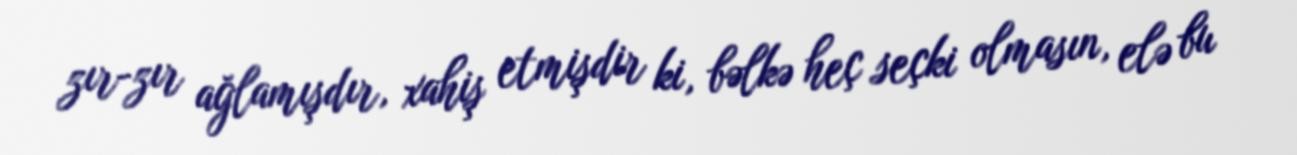
zır-zır ağlamışdır, xahiş etmişdir ki, bəlkə heç seçki olmasın, elə bu